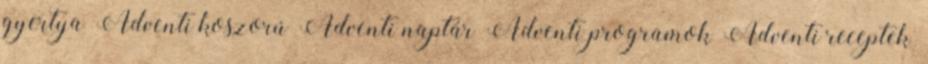
gyertya Adventi koszorú Adventi naptár Adventi programok Adventi receptek